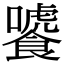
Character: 𩞂